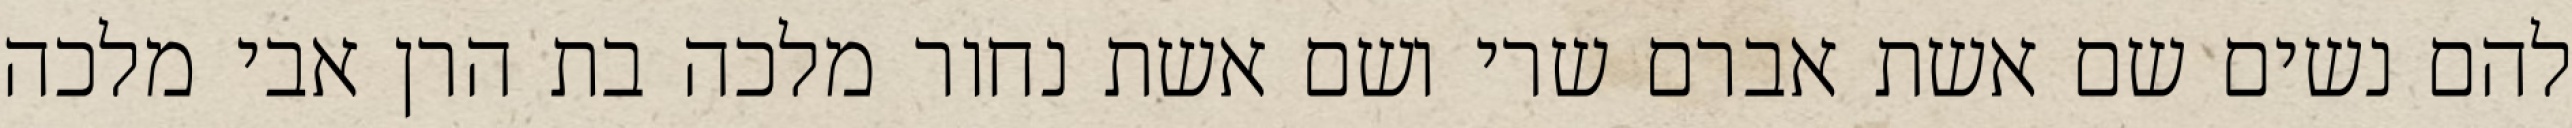
להם נשים שם אשת אברם שרי ושם אשת נחור מלכה בת הרן אבי מלכה